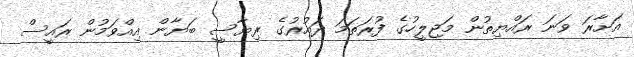
އަށާރަ ވަނަ ރައްޔިތުން މަޖިލީހުގެ ފުރަތަމަ ދައުރުގެ ރިޔާސީ ބަޔާން އިއްވަމުން ރައީސް